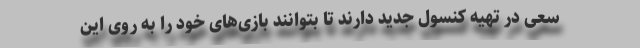
سعی در تهیه کنسول جدید دارند تا بتوانند بازی‌های خود را به روی این